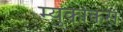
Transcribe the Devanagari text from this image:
म्युकोकस